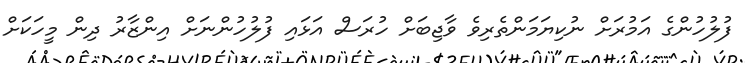
ފުލުހުންގެ އަމުރަށް ނުކިޔަމަންތެރިވެ ވާޖިބަށް ހުރަސް އަޅައި ފުލުހުންނަށް އިންޒާރު ދިން މީހަކަށް